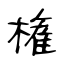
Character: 権